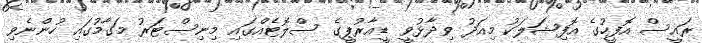
ރައީސް އޮފީހުގެ އޮފިޝަލަކު މިއަދު ވިދާޅުވީ ޑީއާރުޕީގެ ސްލޮޓެއްގައި މިނިސްޓަރު މަގާމުގައި ހުންނެވި